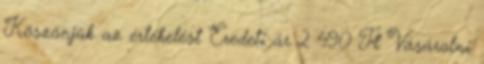
Köszönjük az értékelést Eredeti ár 2 490 Ft Vásárolni